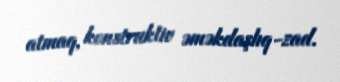
atmaq, konstruktiv əməkdaşlıq-zad.